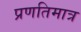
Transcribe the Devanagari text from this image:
प्रणतिमात्र